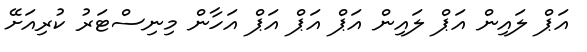
އަޕް ލައިން އަޕް ލައިން އަޕް އަޕް އަޕް އަހާން މިނިސްޓަރު ކުރިއަށޭ